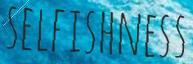
SELFISHNESS